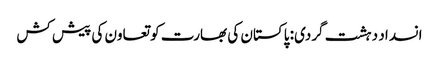
انسداد دہشت گردی: پاکستان کی بھارت کو تعاون کی پیش کش